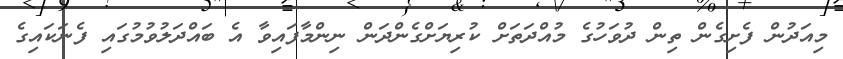
މިއަދުން ފެށިގެން ތިން ދުވަހުގެ މުއްދަތަށް ކުރިޔަށްގެންދަން ނިންމާފައިވާ އެ ބައްދަލުވުމުގައި ފެނަކައިގެ